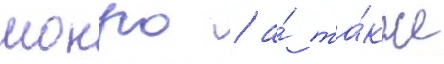
монро / а́ та́кже